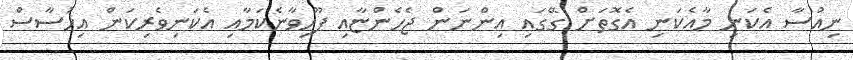
ނިއުސާ އެކަނި މާއެކަނި އެގޮތަށް ގޭގައި އިންނަން ޖެހެންޏާއި ފޫހިވާނެކަމާއި އެކަނިވެރިކަން އިހުސާސް